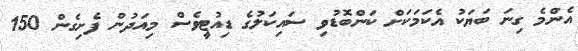
އެންމެ ގިނަ ބަޔަކު އެކަމަކަށް ކަންބޮޑުވި ސައިކަލުގެ ޑިއުޓީވެސް މިއަދުން ފެށިގެން 150